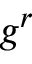
g ^ { r }